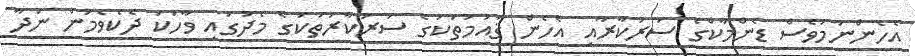
އެހެންނަމަވެސް ޑެންމާކްގެ ސަރުކާރާއި އެހެން ޤައުމުތަކުގެ ސަރުކާރުތަކުގެ މެދުގައި ވާހަކަ ދެކެވެމުން ނުދާ